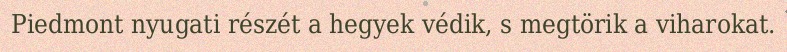
Piedmont nyugati részét a hegyek védik, s megtörik a viharokat.